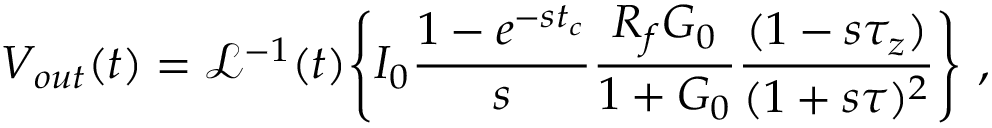
V _ { o u t } ( t ) = \mathcal { L } ^ { - 1 } ( t ) \Bigg \{ I _ { 0 } \frac { 1 - e ^ { - s t _ { c } } } { s } \frac { R _ { f } G _ { 0 } } { 1 + G _ { 0 } } \frac { ( 1 - s \tau _ { z } ) } { ( 1 + s \tau ) ^ { 2 } } \Bigg \} ~ ,